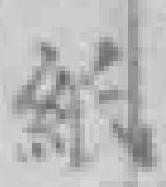
紙